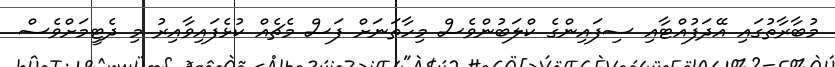
މުބާރާތުގައި އޭދަފުއްޓާއި ސިފައިންގެ ކްލަބުންވެސް މިހާތަނަށް ފަސް މެޗެއް ކުޅެފައިވާއިރު މި ދެޓީމަށްވެސް